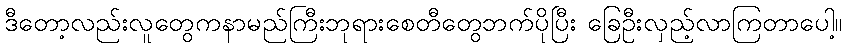
ဒီတော့လည်းလူတွေကနာမည်ကြီးဘုရားစေတီတွေဘက်ပိုပြီး ခြေဦးလှည့်လာကြတာပေါ့။